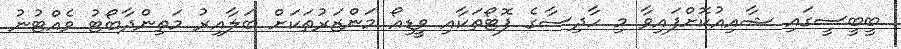
ބީބީސީގައި ޝާއިއުކޮށްފައިވާ މި ހާދިސާގެ ފޮޓޯތަކާއި ވީޑިއޯ މަންޒަރުތަކަށް ބަލާއިރު މަތިންދާބޯޓު ވެއްޓުނު